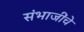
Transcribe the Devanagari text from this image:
संभाजींचे